King Institute of Preventive Medicine Micro-Biological Section reports 1912-19
Year: 1912
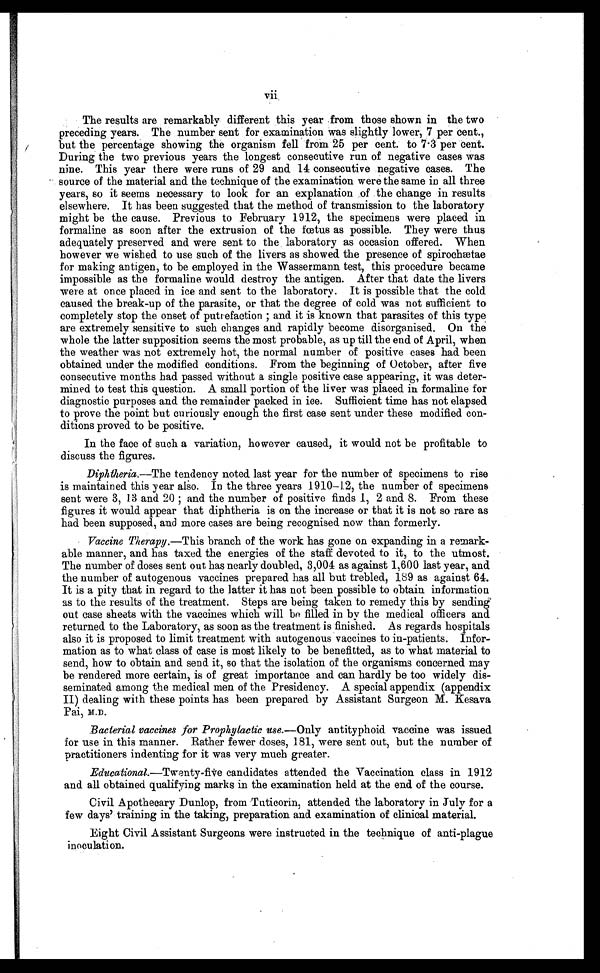
vii
The results are remarkably different this year from those shown in the two
preceding years. The number sent for examination was slightly lower, 7 per cent.,
but the percentage showing the organism fell from 25 per cent. to 7 . 3 per cent.
During the two previous years the longest consecutive run of negative cases was
nine. This year there were runs of 29 and 14 consecutive negative cases. The
source of the material and the technique of the examination were the same in all three
years, so it seems necessary to look for an explanation of the change in results
elsewhere. It has been suggested that the method of transmission to the laboratory
might be the cause. Previous to February 1912, the specimens were placed in
formaline as soon after the extrusion of the fœtus as possible. They were thus
adequately preserved and were sent to the laboratory as occasion offered. When
however we wished to use such of the livers as showed the presence of spirochætae
for making antigen, to be employed in the Wassermann test, this procedure became
impossible as the formaline would destroy the antigen. After that date the livers
were at once placed in ice and sent to the laboratory. It is possible that the cold
caused the break-up of the parasite, or that the degree of cold was not sufficient to
completely stop the onset of putrefaction; and it is known that parasites of this type
are extremely sensitive to such changes and rapidly become disorganised. On the
whole the latter supposition seems the most probable, as up till the end of April, when
the weather was not extremely hot, the normal number of positive cases had been
obtained under the modified conditions. From the beginning of October, after five
consecutive months had passed without a single positive case appearing, it was deter-
mined to test this question. A small portion of the liver was placed in. formaline for
diagnostic purposes and the remainder packed in ice. Sufficient time has not elapsed
to prove the point but curiously enough the first case sent under these modified con-
ditions proved to be positive.
In the face of such a variation, however caused, it would not be profitable to
discuss the figures.
Diphtheia.— The tendency noted last year for the number of specimens to rise
is maintained this year also the three years 1910–12, the number of specimens
sent were 3, 13 and 20; and the number of positive finds 1, 2 and 8. From these
figures it would appear that diphtheria is on the increase or that it is not so rare as
had been supposed, and more cases are being recognised now than formerly.
Vaccine Therapy. —This branch of the work has gone on expanding in a remark-
able manner, and has taxed the energies of the staff devoted to it, to the utmost.
The number of doses sent out has nearly doubled, 3,004 as against 1,600 last year, and
the number of autogenous vaccines prepared has all but trebled, 189 as against 64.
It is a pity that in regard to the latter it has not been possible to obtain. information
as to the results of the treatment. Steps are being taken to remedy this by sending
out case sheets with the vaccines which will be filled in by the medical officers and
returned to the Laboratory, as soon as the treatment is finished. As regards hospitals
also it is proposed to limit treatment with autogenous vaccines to in-patients. Infor-
mation as to what class of case is most likely to be benefitted, as to what material to
send, how to obtain and send it, so that the isolation of the organisms concerned may
be rendered more certain, is of great importance and can hardly be too widely dis-
seminated among the medical men of the Presidency. A special appendix (appendix
II) dealing with these points has been prepared by Assistant Surgeon M. Kesava
Pai, M.D .
Bacterial vaccines for Prophylactic use.— Only antityphoid vaccine was issued
for use in this manner. Rather fewer doses, 181, were sent out, but the number of
practitioners indenting for it was very much greater.
Educational. —Twenty-five candidates attended the Vaccination class in 1912
and all obtained qualifying marks in the examination held at the end of the course.
Civil Apothecary Dunlop, from Tuticorin, attended the laboratory in July for a
few days' training in the taking, preparation and examination of clinical material.
Eight Civil Assistant Surgeons were instructed in the technique of anti-plague
inoculation.